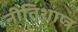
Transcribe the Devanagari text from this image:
नीतिशाष्त्र